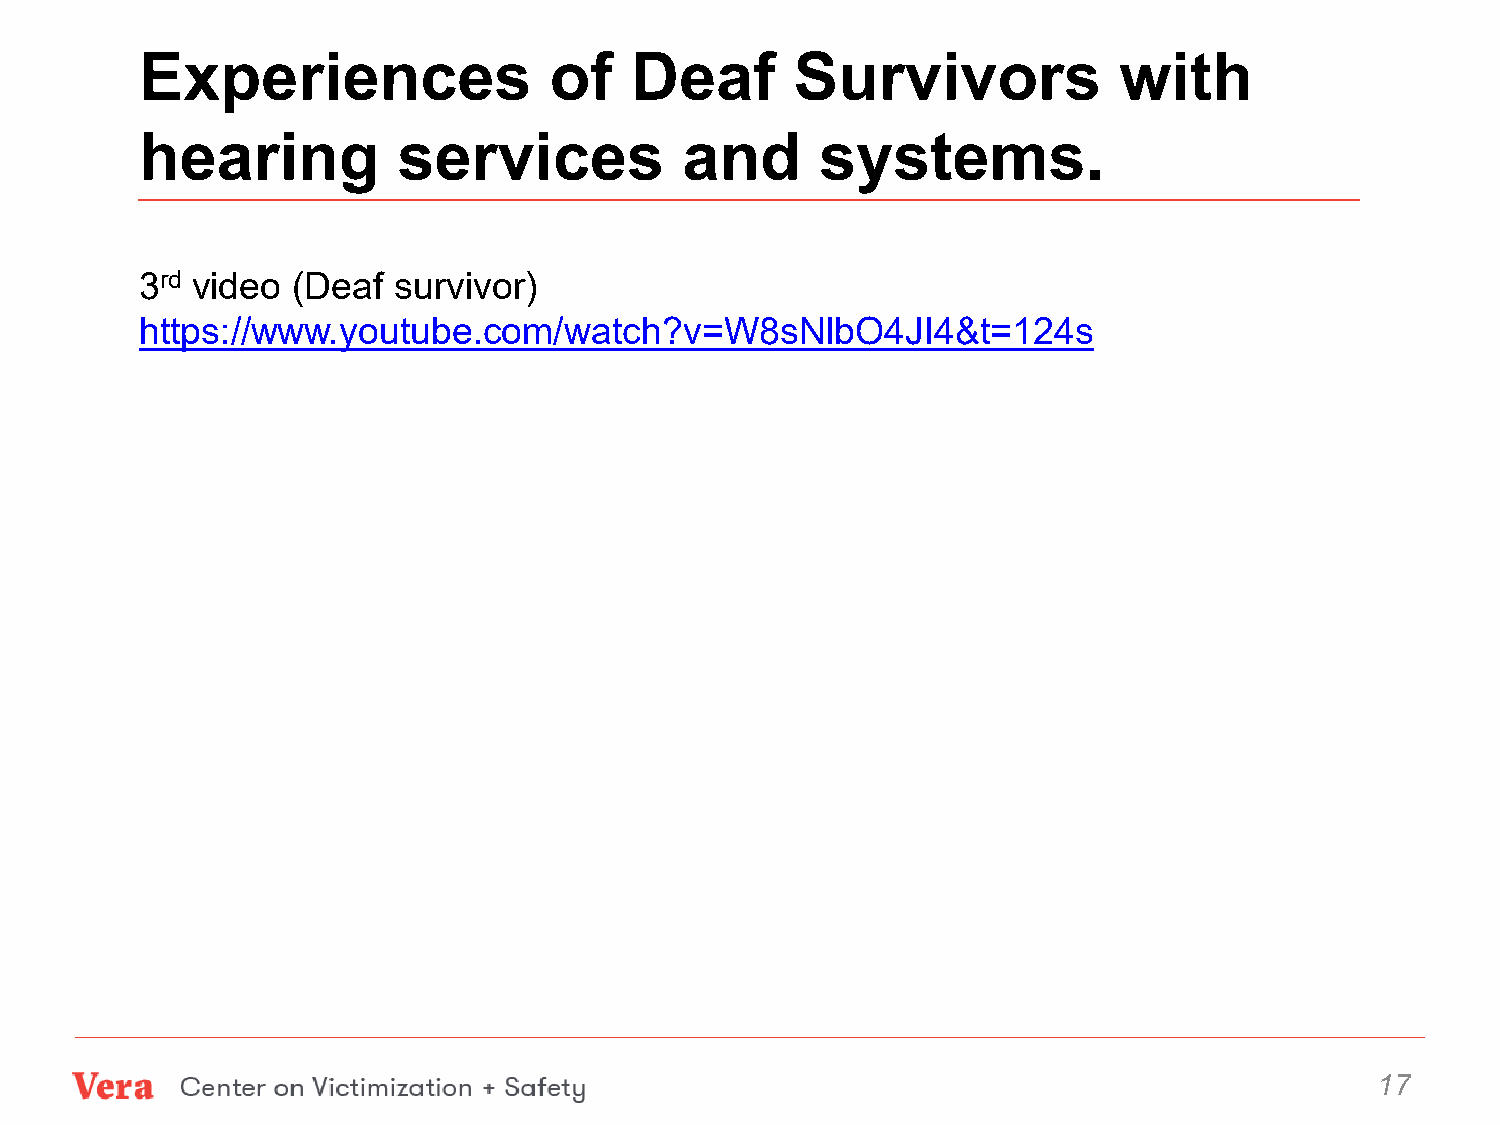
Experiences                of    Deaf       Survivors            with
 hearing          services           and      systems.
 3rd video (Deaf  survivor)
 https://www.youtube.com/watch?v=W8sNlbO4JI4&t=124s
 17